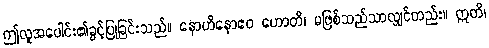
ဤလူအပေါင်း၏ခွင့်ပြုခြင်းသည်။ နောဟိနောဧဝ ဟောတိ၊ မဖြစ်သည်သာလျှင်တည်း။ ဣတိ၊